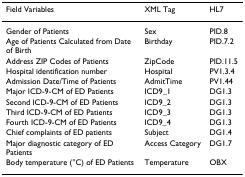
<table><thead><tr><td><b>Field Variables</b></td><td><b>XML Tag</b></td><td><b>HL7</b></td></tr></thead><tbody><tr><td>Gender of Patients</td><td>Sex</td><td>PID.8</td></tr><tr><td>Age of Patients Calculated from Date of Birth</td><td>Birthday</td><td>PID.7.2</td></tr><tr><td>Address ZIP Codes of Patients</td><td>ZipCode</td><td>PID.11.5</td></tr><tr><td>Hospital identification number</td><td>Hospital</td><td>PV1.3.4</td></tr><tr><td>Admission Date/Time of Patients</td><td>AdmitTime</td><td>PV1.44</td></tr><tr><td>Major ICD-9-CM of ED Patients</td><td>ICD9_1</td><td>DG1.3</td></tr><tr><td>Second ICD-9-CM of ED Patients</td><td>ICD9_2</td><td>DG1.3</td></tr><tr><td>Third ICD-9-CM of ED Patients</td><td>ICD9_3</td><td>DG1.3</td></tr><tr><td>Fourth ICD-9-CM of ED Patients</td><td>ICD9_4</td><td>DG1.3</td></tr><tr><td>Chief complaints of ED patients</td><td>Subject</td><td>DG1.4</td></tr><tr><td>Major diagnostic category of ED Patients</td><td>Access Category</td><td>DG1.7</td></tr><tr><td>Body temperature (°C) of ED Patients</td><td>Temperature</td><td>OBX</td></tr></tbody></table>